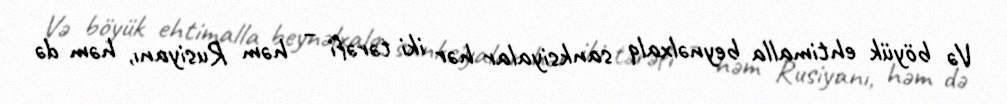
Və böyük ehtimalla beynəlxalq sanksiyalar hər iki tərəfi – həm Rusiyanı, həm də